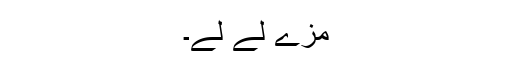
مزے لے لے۔